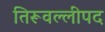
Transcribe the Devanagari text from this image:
तिरूवल्लीपद